Civil Veterinary Dept. Bombay admin report 1893-99 - 1893-1899
Year: 1893
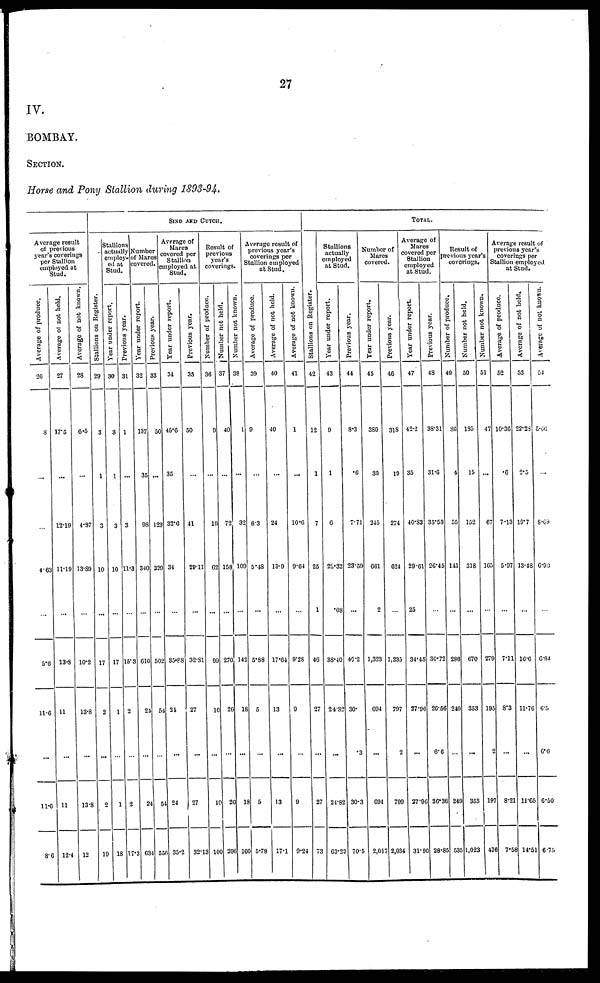
27
IV.
BOMBAY.
SECTION.
Horse and Pony Stallion during 1893-94.
Average result
of previous
year's coverings
per Stallion
employed at
Stud.
Average of produce.
26
8
...
...
4.63
...
5.6
11.6
5.6
11.6
8.6
Average of not held.
27
17.5
...
12.19
11.19
...
13.8
11
...
11
12.4
Average of not known.
28
6.5
...
4.87
13.89
...
10.2
13.8
...
13.8
12
SIND AND CUTCH.
Stallions on Register.
29
3
1
3
10
...
17
2
...
2
19
Stallions
actually
employ-
ed at
Stud.
Year under report.
30
3
1
3
10
...
17
1
...
1
18
Previous year.
31
1
...
3
----
...
15.3
2
...
2
17.3
Number
of Mares
covered.
Year under report.
32
137
35
98
340
...
610
24
...
24
634
Previous year.
33
50
...
123
329
...
502
54
...
54
556
Average of
Mares
covered per
Stallion
employed at
Stud.
Year under report.
34
45.6
35
32.6
34
...
35.88
24
...
24
35.2
Previous year.
35
50
...
41
29.11
...
32.81
27
...
27
32.13
Result of
previous
year's
coverings.
Number of produce.
36
9
...
19
62
...
99
10
...
10
100
Number not held.
37
40
...
72
158
...
270
26
...
20
296
Number not known.
38
1
...
32
109
...
142
18
...
18
160
Average result of
previous year's
coverings per
Stallion employed
at Stud.
Average of produce.
39
9
...
6.3
5.48
...
5.88
5
...
5
5.78
Average of not held.
40
40
...
24
13.9
...
17.64
13
...
13
17.1
Average of not known.
41
1
...
10.6
9.64
...
9.28
9
...
9
9.24
TOTAL.
Stallions on Register.
42
12
1
7
25
1
46
27
...
27
73
Stallions
actually
employed
at stud.
Year under report.
43
9
1
6
22.32
.08
38.40
24.82
...
24.82
63.22
Previous year.
44
8.3
.6
7.71
23.59
...
40.2
30.
.3
30.3
70.5
Number of
Mares
covered.
Year under report.
45
380
35
245
661
2
1,323
694
...
694
2,017
Previous year.
46
318
19
274
624
...
1,235
797
2
799
2,034
Average of
Mares
covered per
Stallion
employed
at
Stud.
Year under report.
47
42.2
35
40.83
29.61
25
34.45
27.96
...
27.96
31.90
Previous year.
48
38.31
31.6
35.53
26.45
...
30.72
26.56
6.6
26.36
28.85
Result of
revious year's
coverings.
Number of produce.
49
86
4
55
141
...
286
249
...
249
535
Number not held.
50
185
15
152
318
...
670
353
...
353
1,023
Number not known.
51
47
...
67
165
...
279
195
2
197
476
Average result of
previous year's
coverings per
Stallion employed
at Stud.
Average of produce.
52
10.36
.6
7.13
5.97
...
7.11
8.3
...
8.21
7.58
Average of not held.
53
22.28
2.5
19.7
13.48
...
16.6
11.76
...
11.65
14.51
Average of not known.
54
5.66
...
8.69
6.99
...
6.94
6.5
6.6
6.50
6.75